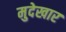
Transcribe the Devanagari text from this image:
मुदेखार